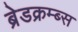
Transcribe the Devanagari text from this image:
ब्रेडक्रम्ब्स